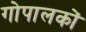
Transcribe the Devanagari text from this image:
गोपालकों